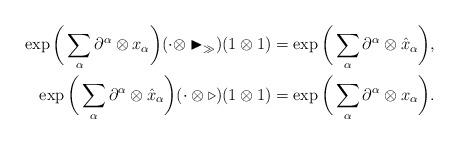
LaTeX: \begin{align*}\exp\bigg(\sum_\alpha \partial^\alpha\otimes x_\alpha\bigg)(\cdot \otimes\blacktriangleright_\gg) (1\otimes 1) =\exp\bigg(\sum_\alpha \partial^\alpha\otimes \hat{x}_\alpha\bigg),\\\exp\bigg(\sum_\alpha \partial^\alpha\otimes \hat{x}_\alpha\bigg)(\cdot \otimes\triangleright) (1\otimes 1) =\exp\bigg(\sum_\alpha \partial^\alpha\otimes x_\alpha\bigg).\end{align*}